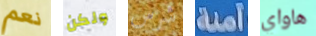
نعم ولكن شرس آمنة هاواي